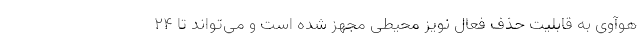
هوآوی به قابلیت حذف فعال نویز محیطی مجهز شده است و می‌تواند تا ۲۴